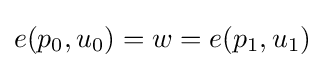
e(p_{0},u_{0})=w=e(p_{1},u_{1})